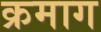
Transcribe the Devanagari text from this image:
क्रमाग